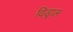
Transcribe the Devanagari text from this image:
विड्राल